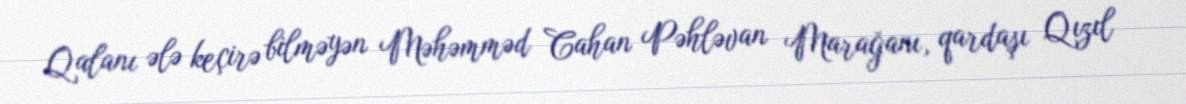
Qalanı ələ keçirə bilməyən Məhəmməd Cahan Pəhləvan Marağanı, qardaşı Qızıl